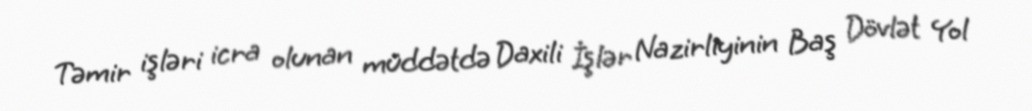
Təmir işləri icra olunan müddətdə Daxili İşlər Nazirliyinin Baş Dövlət Yol